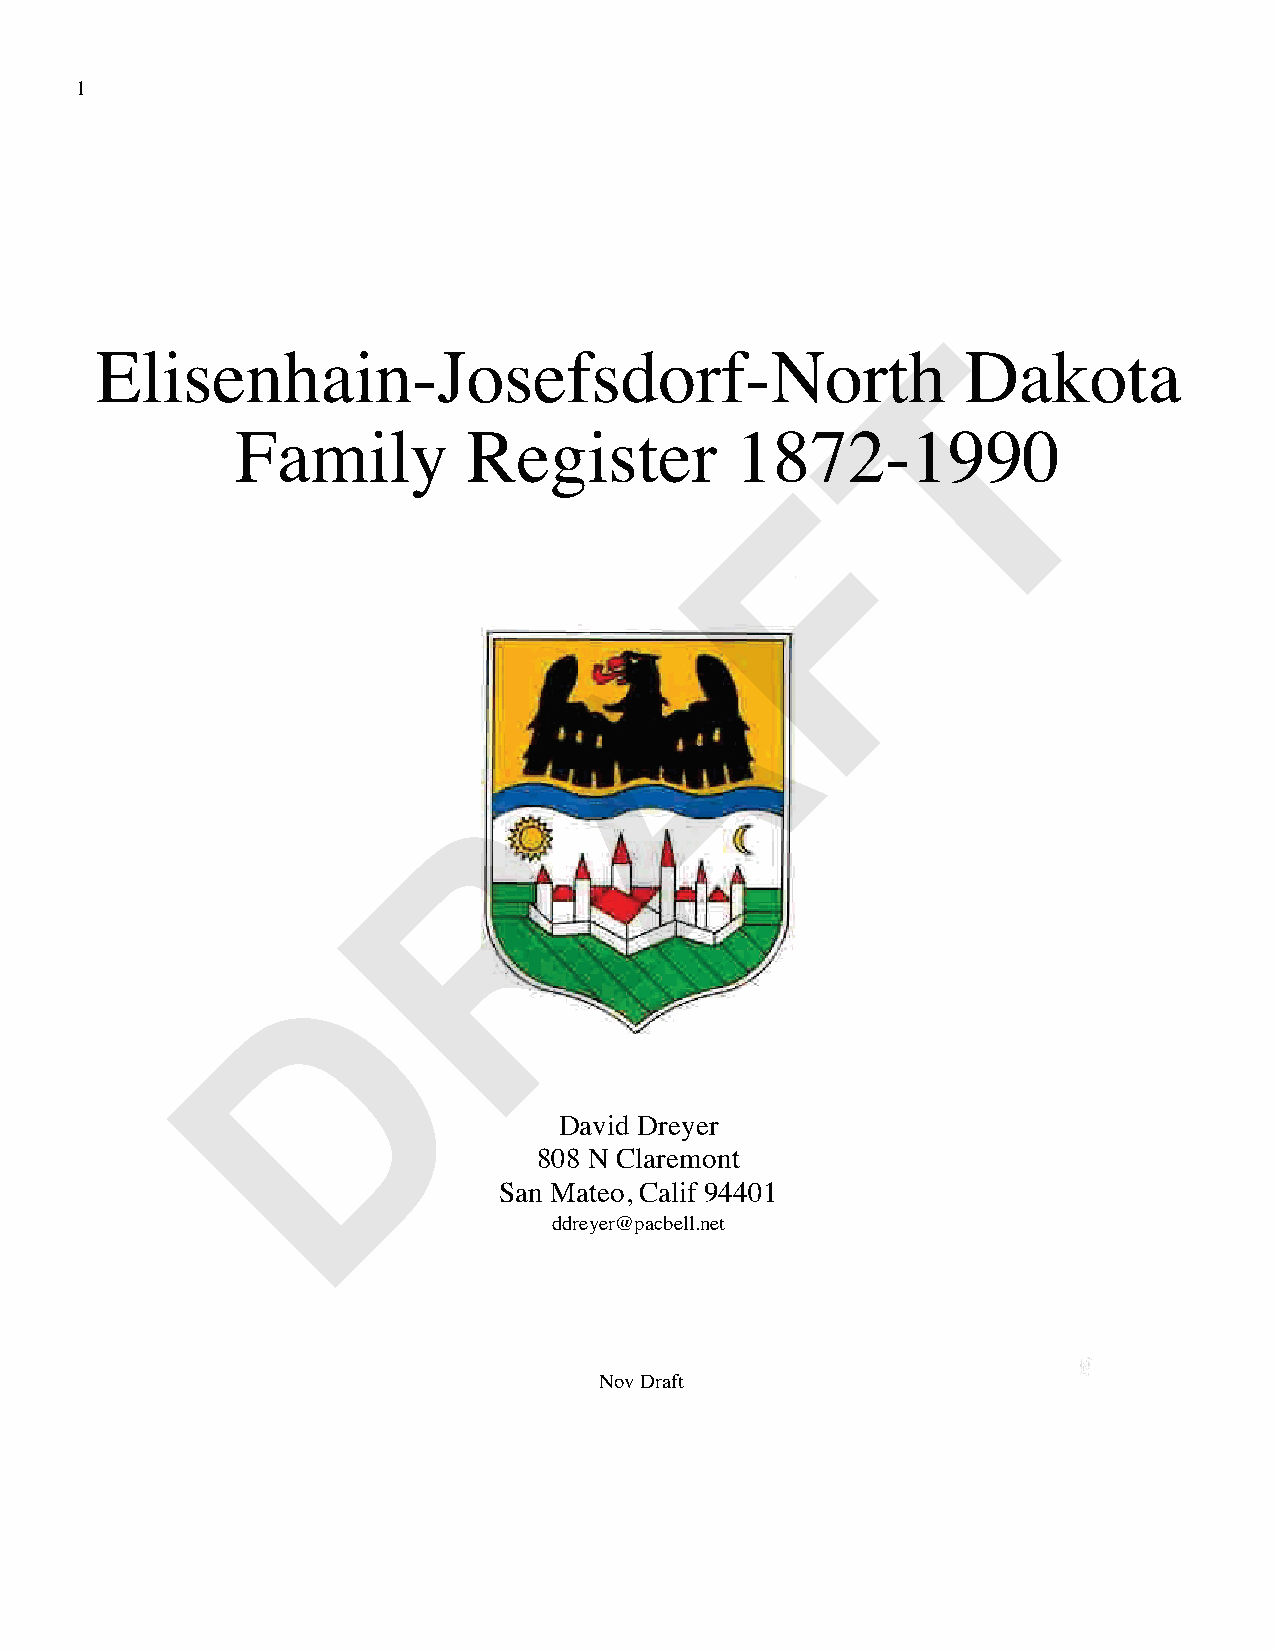
1
 T
 Elisenhain-Josefsdorf-North                               Dakota
 Family         Register          1872-1990
 F
 A
 R
 D
 David Dreyer
 808 N Claremont
 San Mateo, Calif 94401
 ddreyer@pacbell.net
 Nov Draft